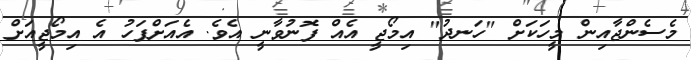
މެސެންޖާއިން މީހަކަށް "ހަނދު" އިމޯޖީ އެއް ފޮނުވާނީ އެވެ. އެއަށްފަހު އެ އިމޯޖީއަށް